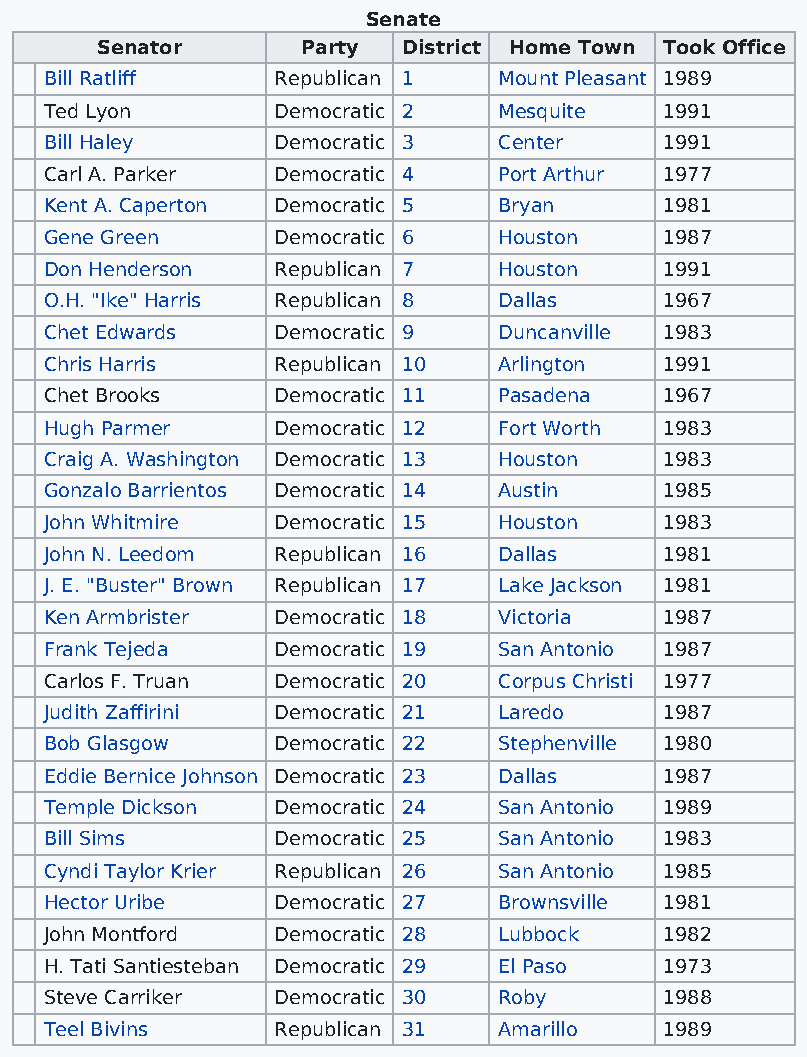
Senate
 Senator       Party  District Home Town Took Office
 Bill Ratliff   Republican 1   Mount Pleasant 1989
 Ted Lyon       Democratic 2   Mesquite   1991
 Bill Haley     Democratic 3   Center     1991
 Carl A. Parker Democratic 4   Port Arthur 1977
 Kent A. Caperton Democratic 5 Bryan      1981
 Gene Green     Democratic 6   Houston    1987
 Don Henderson  Republican 7   Houston    1991
 O.H. "Ike" Harris Republican 8 Dallas    1967
 Chet Edwards   Democratic 9   Duncanville 1983
 Chris Harris   Republican 10  Arlington  1991
 Chet Brooks    Democratic 11  Pasadena   1967
 Hugh Parmer    Democratic 12  Fort Worth 1983
 Craig A. Washington Democratic 13 Houston 1983
 Gonzalo Barrientos Democratic 14 Austin  1985
 John Whitmire  Democratic 15  Houston    1983
 John N. Leedom Republican 16  Dallas     1981
 J. E. "Buster" Brown Republican 17 Lake Jackson 1981
 Ken Armbrister Democratic 18  Victoria   1987
 Frank Tejeda   Democratic 19  San Antonio 1987
 Carlos F. Truan Democratic 20 Corpus Christi 1977
 Judith Zaffirini Democratic 21 Laredo    1987
 Bob Glasgow    Democratic 22  Stephenville 1980
 Eddie Bernice Johnson Democratic 23 Dallas 1987
 Temple Dickson Democratic 24  San Antonio 1989
 Bill Sims      Democratic 25  San Antonio 1983
 Cyndi Taylor Krier Republican 26 San Antonio 1985
 Hector Uribe   Democratic 27  Brownsville 1981
 John Montford  Democratic 28  Lubbock    1982
 H. Tati Santiesteban Democratic 29 El Paso 1973
 Steve Carriker Democratic 30  Roby       1988
 Teel Bivins    Republican 31  Amarillo   1989